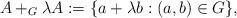
LaTeX: \begin{align*}A+_G \lambda A:=\{a+\lambda b : (a,b) \in G\},\end{align*}